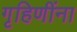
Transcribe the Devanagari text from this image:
गृहिणींना